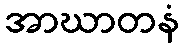
အာဃာတနံ